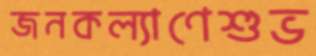
জনকল্যাণেশুভ